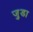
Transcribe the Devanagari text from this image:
जु़डा